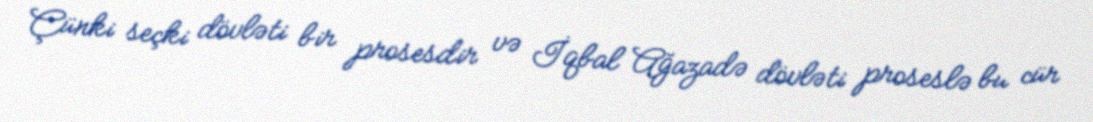
Çünki seçki dövləti bir prosesdir və İqbal Ağazadə dövləti proseslə bu cür